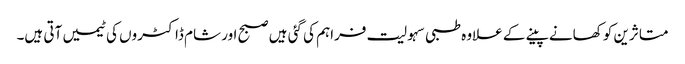
متاثرین کو کھانے پینے کے علاوہ طبی سہولیت فراہم کی گئی ہیں صبح اور شام ڈاکٹروں کی ٹیمیں آتی ہیں۔